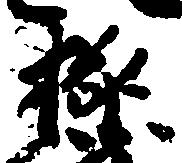
極